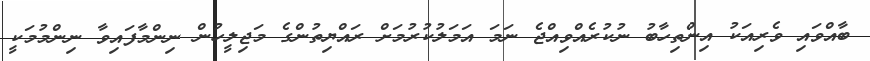
ބާއްވައި ވެރިއަކު އިންތިހާބު ނުކުރެއްވިއްޖެ ނަމަ އަމަލުކުރުމަށް ރައްޔިތުންގެ މަޖިލީހުން ނިންމާފައިވާ ނިންމުމަކީ